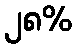
၂၈%